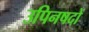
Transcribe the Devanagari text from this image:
उपिनषदों